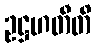
ဥဋ္ဌဟတီတိ